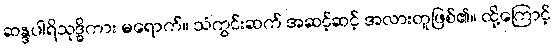
ဆန္ဒပါရိသုဒ္ဓိကား မရောက်။ သံကွင်းဆက် အဆင့်ဆင့် အလားတူဖြစ်၏။ ထို့ကြောင့်